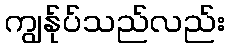
ကျွန်ုပ်သည်လည်း